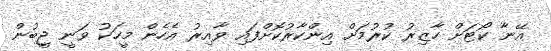
އޭނާ ކޯޓަށް ހާޒިރު ކުރުމަށް އިންކާރުކޮށްފައި ވާއިރު އެހެން މީހަކު ވަނީ ޖީބުން